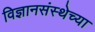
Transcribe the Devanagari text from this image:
विज्ञानसंस्थेच्या